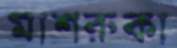
মাশরুকা